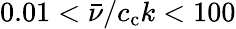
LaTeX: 0.01<\bar{\nu}/c_{\mathrm{c}}k<100